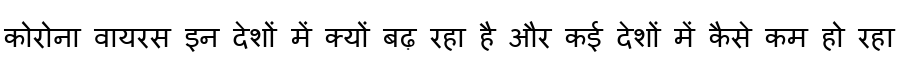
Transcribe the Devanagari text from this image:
कोरोना वायरस इन देशों में क्यों बढ़ रहा है और कई देशों में कैसे कम हो रहा